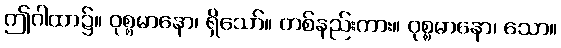
ဤဂါထာ၌။ ဝုစ္စမာနော၊ ရှိသော်။ တစ်နည်းကား။ ဝုစ္စမာနော၊ သော။